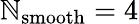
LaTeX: \mathbb{N}_{\mathrm{{smooth}}}=4